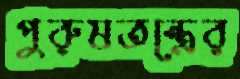
পুরুষতন্ত্রের